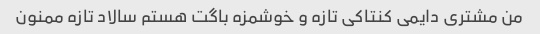
من مشتری دایمی کنتاکی تازه و خوشمزه باگت هستم سالاد تازه ممنون